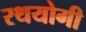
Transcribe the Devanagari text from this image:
रथयोगी